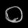
Digit: ၀